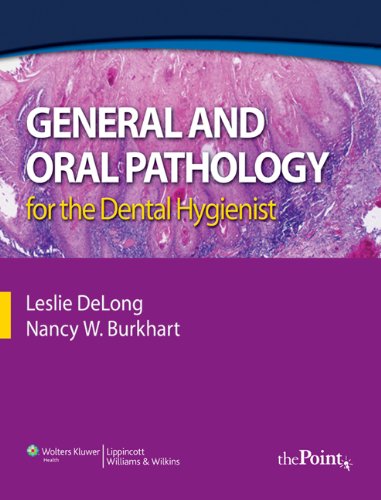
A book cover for General and Oral Pathology for the Dental Hygienist (DeLong, General and Oral Pathology for Dental Hygienists); Leslie DeLong BS  MHA; Medical Books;